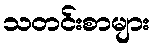
သတင်းစာများ